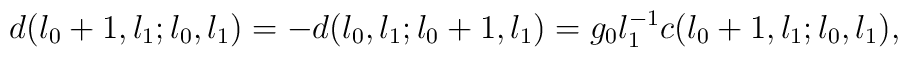
d(l_{0}+1,l_{1};l_{0},l_{1}) =-d(l_{0},l_{1};l_{0}+1,l_{1}) =g_{0}l_{1}^{-1} c(l_{0}+1,l_{1};l_{0},l_{1}),